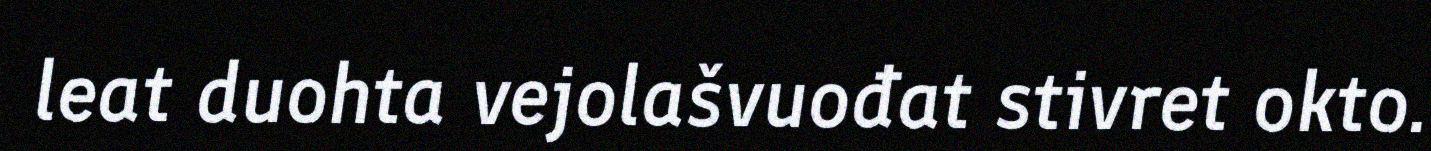
leat duohta vejolašvuođat stivret okto.